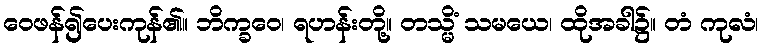
ဝေဖန်၍ပေးကုန်၏။ ဘိက္ခဝေ၊ ရဟန်းတို့။ တသ္မိံ သမယေ၊ ထိုအခါ၌။ တံ ကုလံ၊